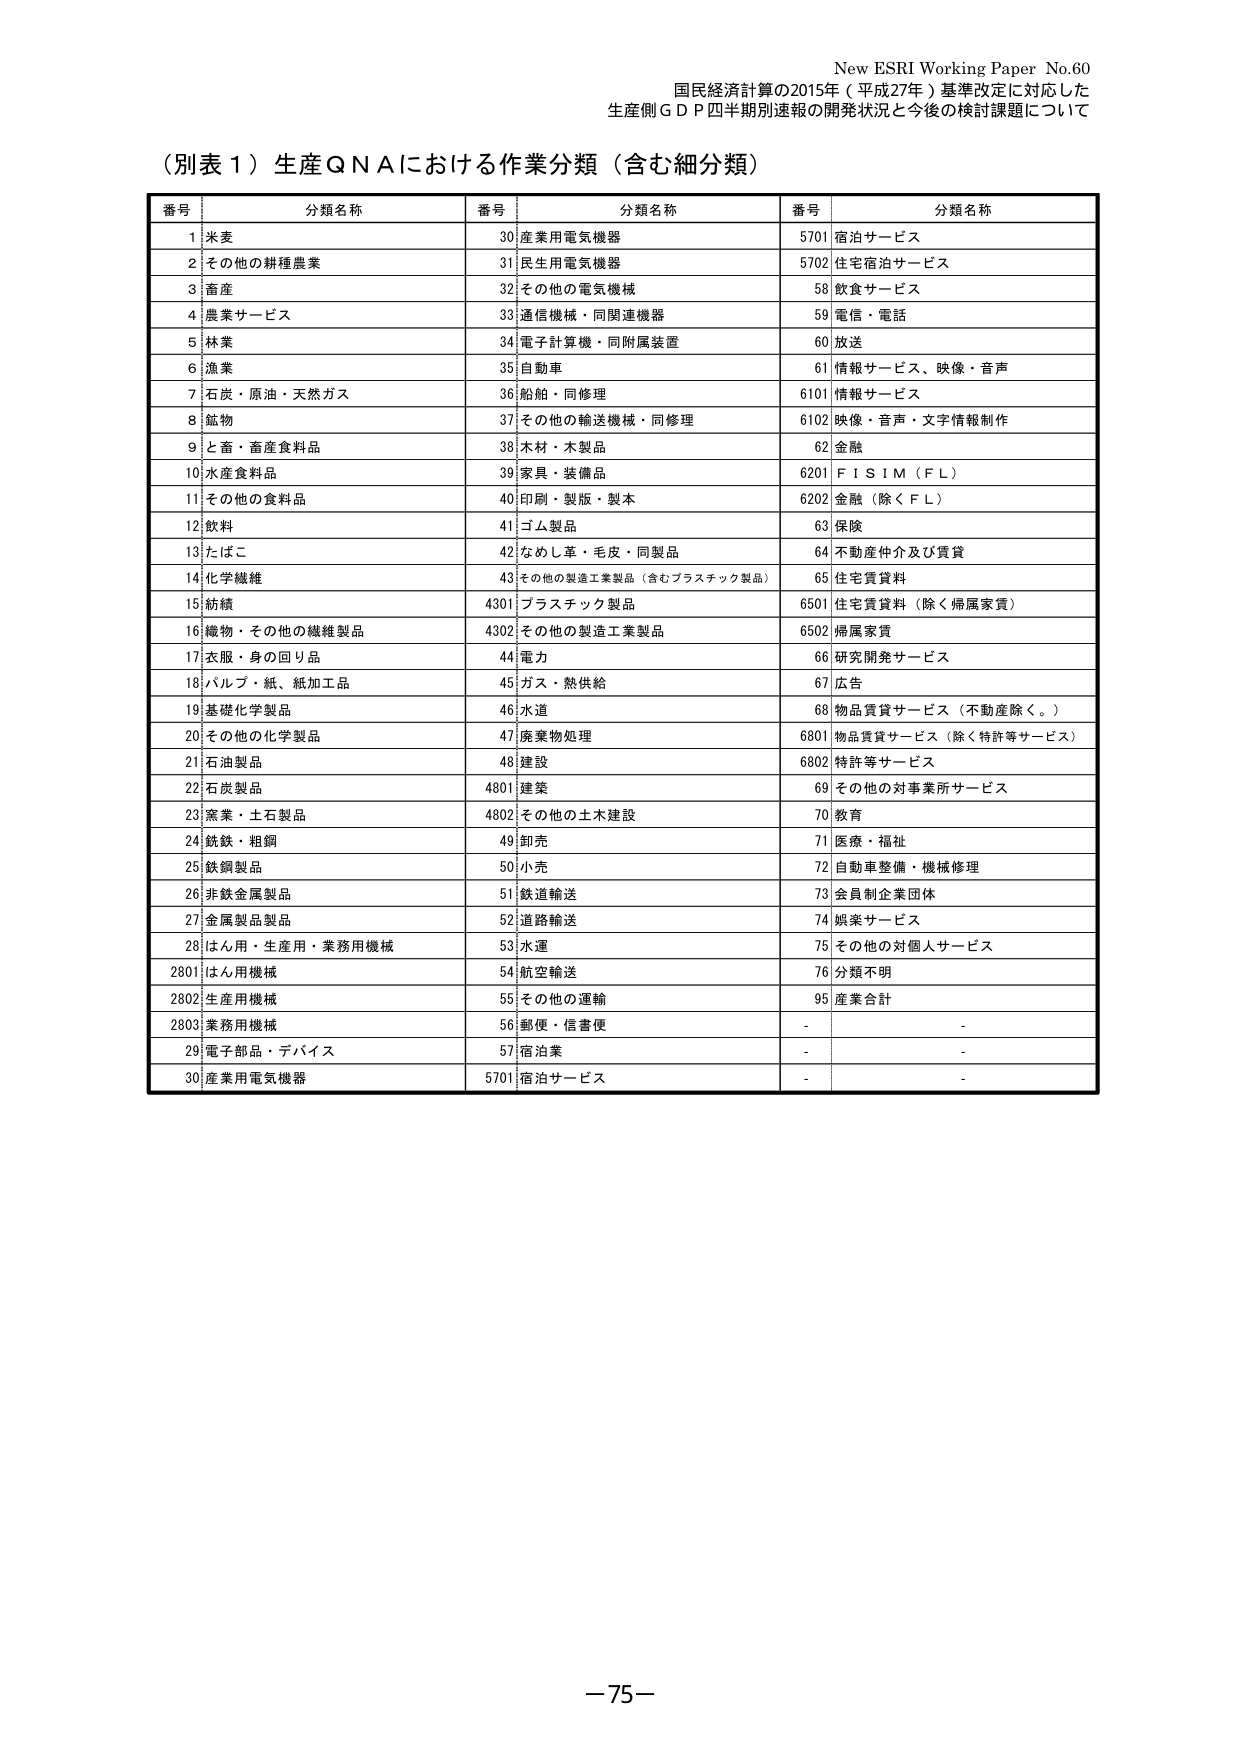
New ESRI Working Paper No.60
国民経済計算の2015年（平成27年）基準改定に対応した
生産側ＧＤＰ四半期別速報の開発状況と今後の検討課題について

（別表１）生産ＱＮＡにおける作業分類（含む細分類）

番号 分類名称 番号 分類名称 番号 分類名称
1 米麦 30 産業用電気機器 5701 宿泊サービス
2 その他の耕種農業 31 民生用電気機器 5702 住宅宿泊サービス
3 畜産 32 その他の電気機械 58 飲食サービス
4 農業サービス 33 通信機械・同関連機器 59 電信・電話
5 林業 34 電子計算機・同附属装置 60 放送
6 漁業 35 自動車 61 情報サービス、映像・音声
7 石炭・原油・天然ガス 36 船舶・同修理 6101 情報サービス
8 鉱物 37 その他の輸送機械・同修理 6102 映像・音声・文字情報制作
9 と畜・畜産食料品 38 木材・木製品 62 金融
10 水産食料品 39 家具・装備品 6201 ＦＩＳＩＭ（ＦＬ）
11 その他の食料品 40 印刷・製版・製本 6202 金融（除くＦＬ）
12 飲料 41 ゴム製品 63 保険
13 たばこ 42 なめし革・毛皮・同製品 64 不動産仲介及び賃貸
14 化学繊維 43 その他の製造工業製品（含むプラスチック製品） 65 住宅賃貸料
15 紡績 4301 プラスチック製品 6501 住宅賃貸料（除く帰属家賃）
16 織物・その他の繊維製品 4302 その他の製造工業製品 6502 帰属家賃
17 衣服・身の回り品 44 電力 66 研究開発サービス
18 パルプ・紙・紙加工品 45 ガス・熱供給 67 広告
19 基礎化学製品 46 水道 68 物品賃貸サービス（不動産除く。）
20 その他の化学製品 47 廃棄物処理 6801 物品賃貸サービス（除く特許等サービス）
21 石油製品 48 建設 6802 特許等サービス
22 石炭製品 4801 建築 69 その他の対事業所サービス
23 窯業・土石製品 4802 その他の土木建設 70 教育
24 鉄鉄・粗鋼 49 卸売 71 医療・福祉
25 鉄鋼製品 50 小売 72 自動車整備・機械修理
26 非鉄金属製品 51 鉄道輸送 73 会員制企業団体
27 金属製品製品 52 道路輸送 74 娯楽サービス
28 はん用・生産用・業務用機械 53 水運 75 その他の対個人サービス
2801 はん用機械 54 航空輸送 76 分類不明
2802 生産用機械 55 その他の運輸 95 産業合計
2803 業務用機械 56 郵便・信書便 - -
29 電子部品・デバイス 57 宿泊業 - -
30 産業用電気機器 5701 宿泊サービス - -

－75－